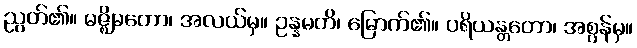
ညွတ်၏။ မဇ္ဈိမတော၊ အလယ်မှ။ ဥန္နမတိ၊ မြောက်၏။ ပရိယန္တတော၊ အစွန်မှ။